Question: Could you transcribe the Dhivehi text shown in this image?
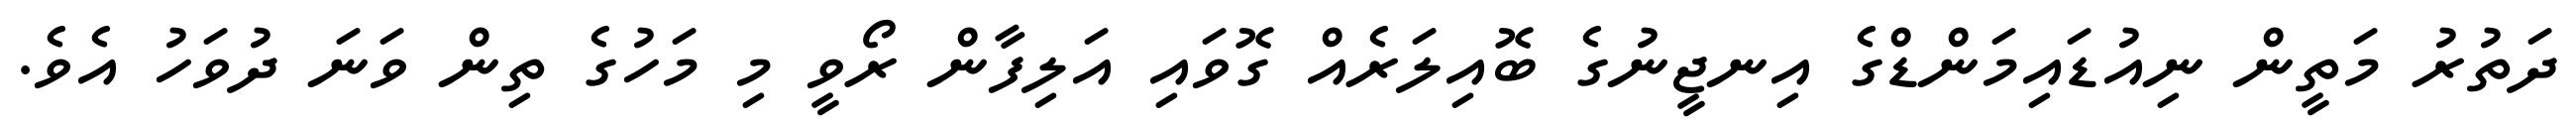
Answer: ދަތުރު މަތީން ނިއުޑައިމަންޑްގެ އިނޖީނުގެ ބޮއިލަރެއް ގޮވައި އަލިފާން ރޯވީ މި މަހުގެ ތިން ވަނަ ދުވަހު އެވެ.